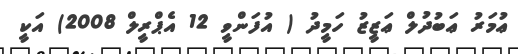
ޢުމަރު ޢަބުދުލް ޢަޒީޒު ހަމީދު ( އުފަންވީ 12 އެޕްރީލް 2008) އަކީ